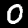
Digit: 0